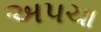
અપચા